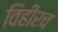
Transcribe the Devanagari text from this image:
विहीरच